Madras plague regulations in force outside the Presidency town - Volume 5
Disease focus: Plague
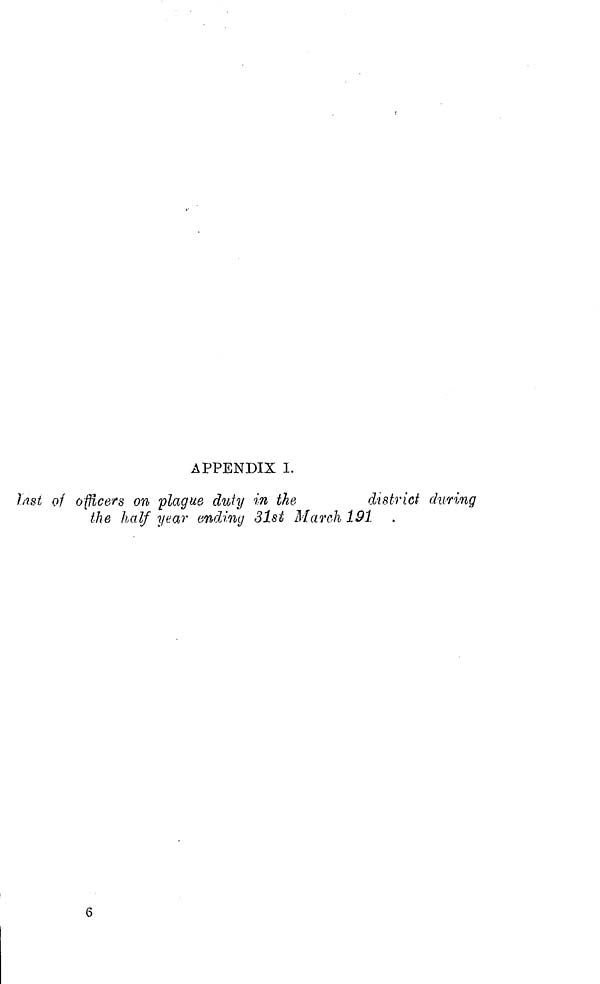
APPENDIX 1.
Last of officers on plague duty in the
district during
the half year ending 31st March 191
6